Insane asylums in Bengal annual reports 1867-1875 - 1867-1875
Year: 1867
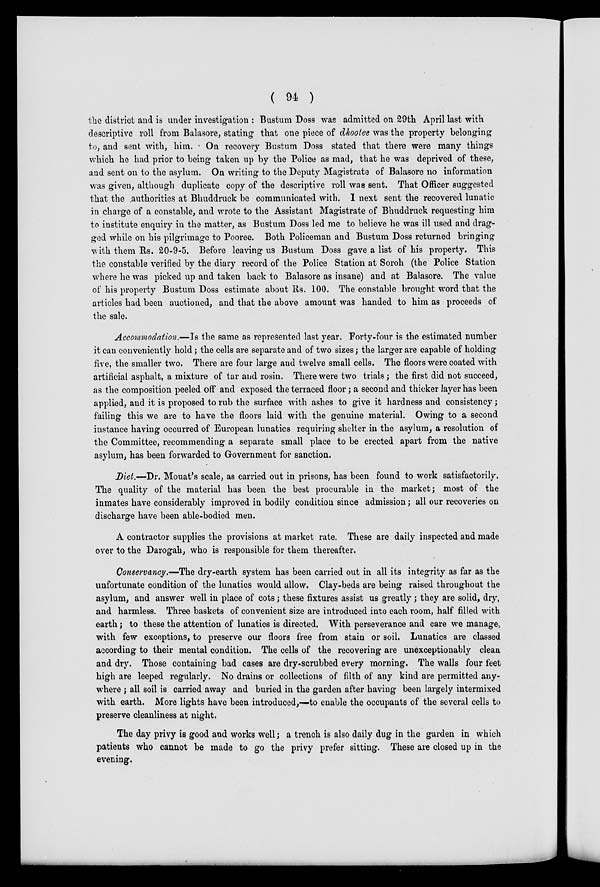
( 94 )
the district and is under investigation : Bustum Doss was admitted on 29th April last with
descriptive roll from Balasore, stating that one piece of dhootee was the property belonging
to, and sent with, him. . On recovery Bustum Doss stated that there were many things
which he had prior to being taken up by the Police as mad, that he was deprived of these,
and sent on to the asylum. On writing to the Deputy Magistrate of Balasore no information
was given, although duplicate copy of the descriptive roll was sent. That Officer suggested
that the .authorities at Bhuddruck be communicated with. I next sent the recovered lunatic
in charge of a constable, and wrote to the Assistant Magistrate of Bhuddruck requesting him
to institute enquiry in the matter, as Bustum Doss led me to believe he was ill used and drag-
ged while on his pilgrimage to Pooree. Both Policeman and Bustum Doss returned bringing
with them Rs. 20-9-5. Before leaving us Bustum Doss gave a list of his property. This
the constable verified by the diary record of the Police Station at Soroh (the Police Station
where he was picked up and taken back to Balasore as insane) and at Balasore. The value
of his property Bustum Doss estimate about Rs. 100. The constable brought word that the
articles had been auctioned, and that the above amount was handed to him as proceeds of
the sale.
Accommodation.—Is the same as represented last year. Forty-four is the estimated number
it can conveniently hold; the cells are separate and of two sizes; the larger are capable of holding
five, the smaller two. There are four large and twelve small cells. The floors were coated with
artificial asphalt, a mixture of tar and rosin. There were two trials; the first did not succeed,
as the composition peeled off and exposed the terraced floor; a second and thicker layer has been
applied, and it is proposed to rub the surface with ashes to give it hardness and consistency;
failing this we are to have the floors laid with the genuine material. Owing to a second
instance having occurred of European lunatics requiring shelter in the asylum, a resolution of
the Committee, recommending a separate small place to be erected apart from the native
asylum, has been forwarded to Government for sanction.
Diet.—Dr. Mouat's scale, as carried out in prisons, has been found to work satisfactorily.
The quality of the material has been the best procurable in the market; most of the
inmates have considerably improved in bodily condition since admission; all our recoveries on
discharge have been able-bodied men.
A contractor supplies the provisions at market rate. These are daily inspected and made
over to the Darogah, who is responsible for them thereafter.
Conservancy.—The dry-earth system has been carried out in all its integrity as far as the
unfortunate condition of the lunatics would allow. Clay-beds are being raised throughout the
asylum, and answer well in place of cots; these fixtures assist us greatly; they are solid, dry,
and harmless. Three baskets of convenient size are introduced into each room, half filled with
earth; to these the attention of lunatics is directed. With perseverance and care we manage,
with few exceptions, to preserve our floors free from stain or soil. Lunatics are classed
according to their mental condition. The cells of the recovering are unexceptionably clean
and dry. Those containing bad cases are dry-scrubbed every morning. The walls four feet
high are leeped regularly. No drains or collections of filth of any kind are permitted any-
where ; all soil is carried away and buried in the garden after having been largely intermixed
with earth. More lights have been introduced,—to enable the occupants of the several cells to
preserve cleanliness at night.
The day privy is good and works well; a trench is also daily dug in the garden in which
patients who cannot be made to go the privy prefer sitting. These are closed up in the
evening.